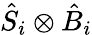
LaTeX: {\hat{S}}_{i}\otimes{\hat{B}}_{i}